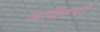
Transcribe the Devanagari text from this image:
व्यक्तियौं